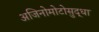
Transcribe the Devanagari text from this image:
अजिनोमोटोसुद्धा